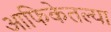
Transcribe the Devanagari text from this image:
आफिकेतल्या